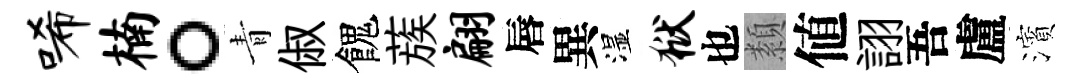
唏楠。青俶餽蔟翩唇異湿狱也纇値詡吾盧濱